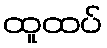
ထူထပ်